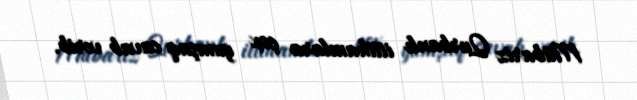
Mübariz Qurbanlı ittihamlara çox yumşaq cavab verib.